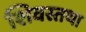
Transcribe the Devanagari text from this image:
शिवस्तथा